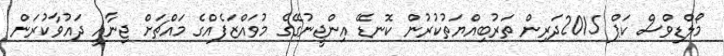
މޯލްޑިވްސް ކަޕް 2015ދަރިން ތަރުބިއްޔަތުކުރުން ކޮނޑޭ އިންޖީނުގޭގެ މުވައްޒަފެއްގެ މައްޗަށް ޖިނާއީ ދައުވާކުރަން